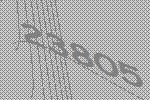
23805